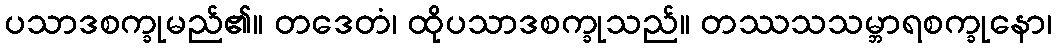
ပသာဒစက္ခုမည်၏။ တဒေတံ၊ ထိုပသာဒစက္ခုသည်။ တဿသသမ္ဘာရစက္ခုနော၊